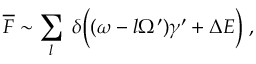
\overline { { { \cal F } } } \sim \sum _ { l } \; \delta \biggl ( ( \omega - l \Omega ^ { \prime } ) \gamma ^ { \prime } + \Delta E \biggr ) \; ,